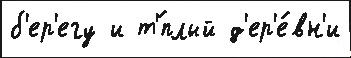
б'ер'егу и т'́плый д'ер'е́вн'и